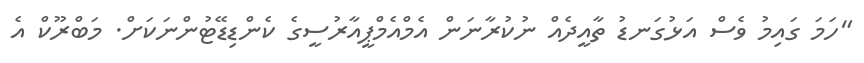
"ހަމަ ގައިމު ވެސް އަޅުގަނޑު ތާއީދެއް ނުކުރާނަން އެމްއެމްޕީއާރުސީގެ ކެންޑިޑޭޓުންނަކަށް. މަބްރޫކް އެ